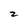
Character: z